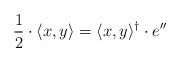
LaTeX: \begin{align*} \frac{1}{2} \cdot \langle x, y \rangle = \langle x, y \rangle^{\dagger} \cdot e''\end{align*}